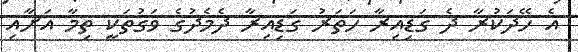
އެ ހޭދަކުރާ ދެ ގަޑިއިރާ ހަތަރު ގަޑިއިރާ ދެމެދުގެ ވަގުތަކީ ތިމާ އަށާއި